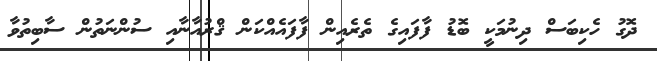
ދޮގު ހެކިބަސް ދިނުމަކީ ބޮޑު ފާފައިގެ ތެރެއިން ފާފައެއްކަން ޤްރުއާނާއި ސުންނަތުން ސާބިތުވާ